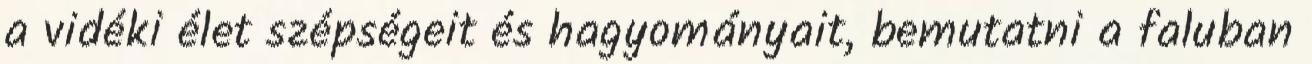
a vidéki élet szépségeit és hagyományait, bemutatni a faluban